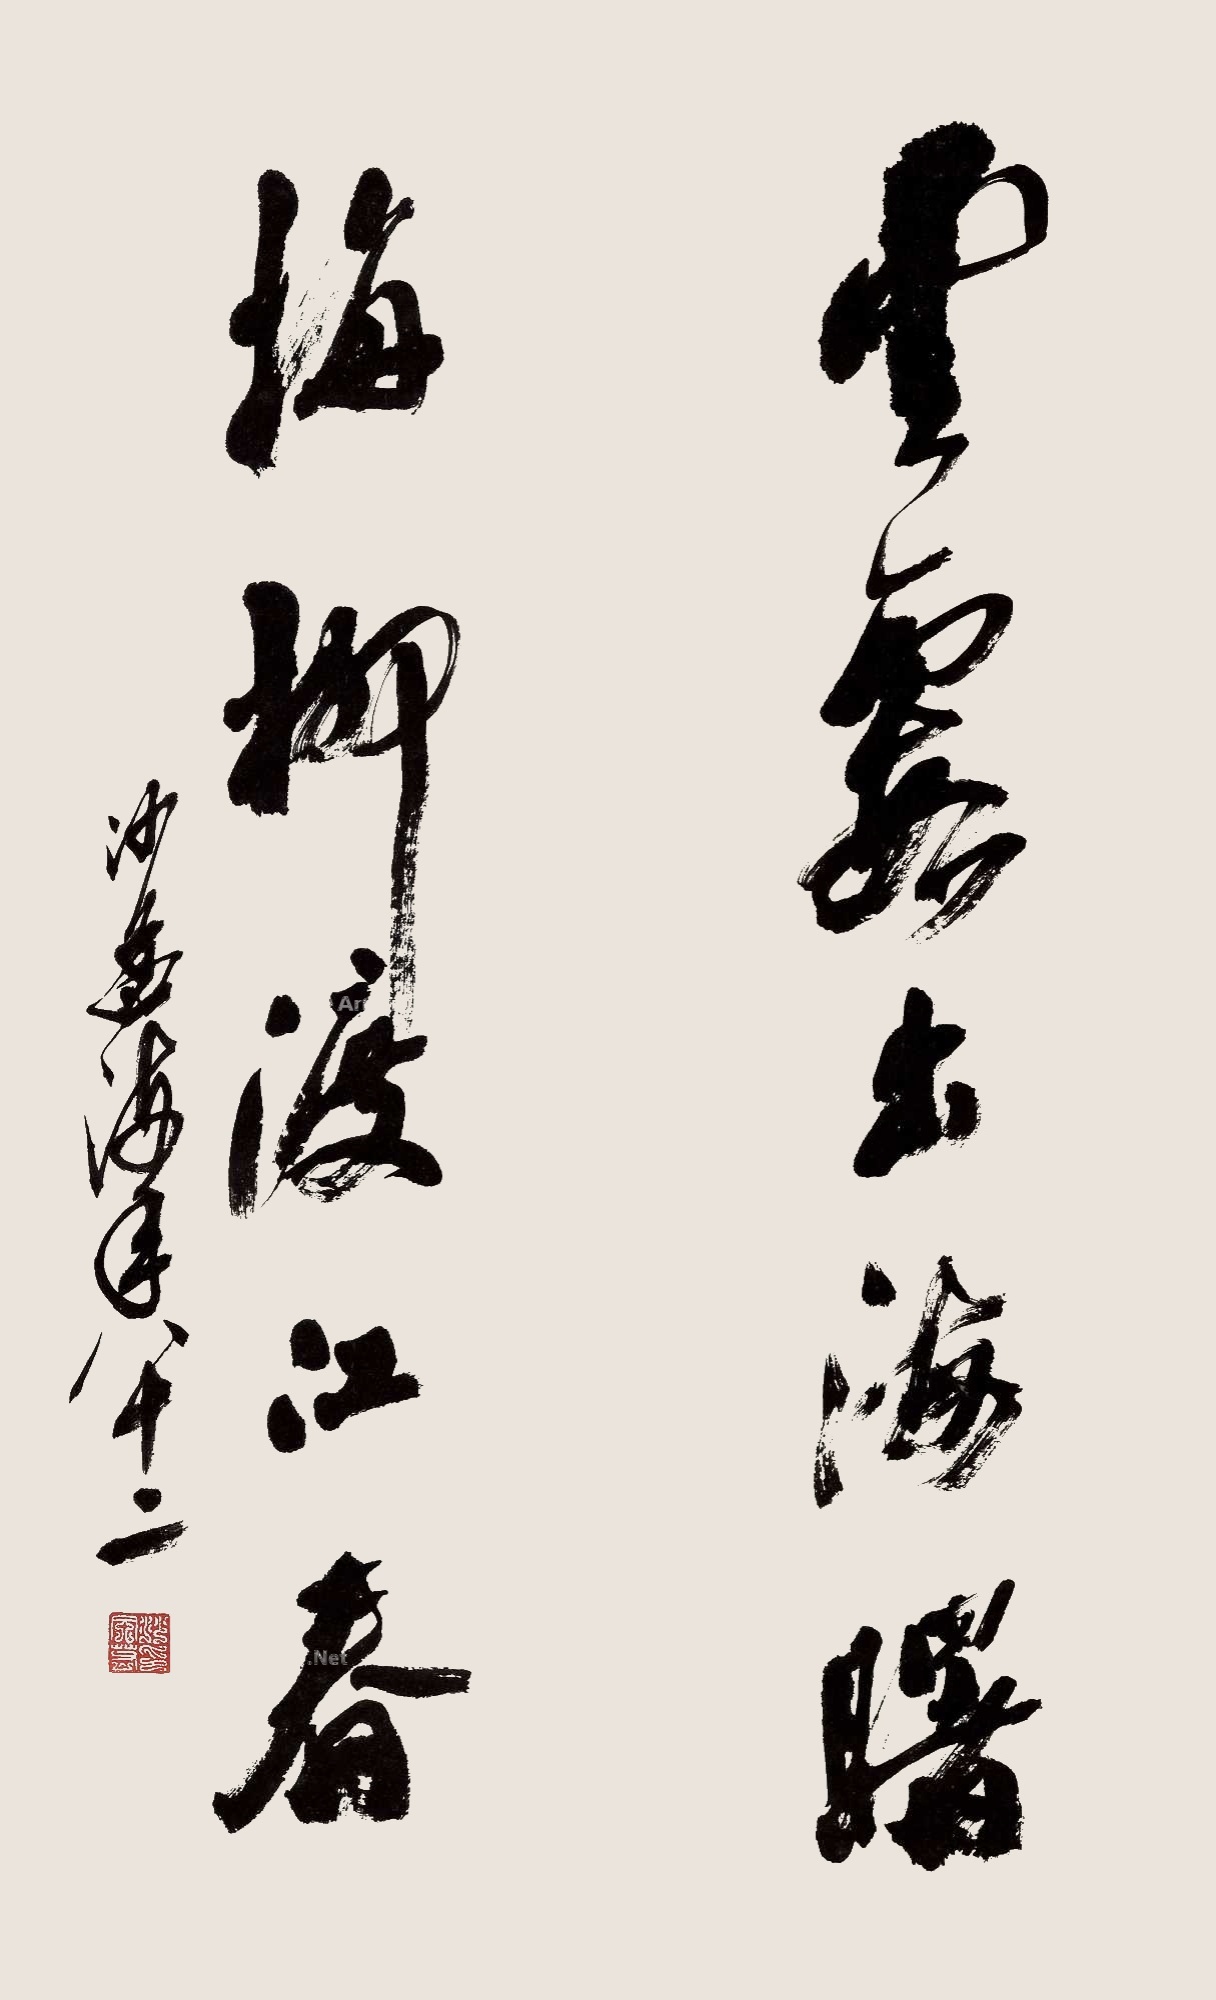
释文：云霞出海曙，梅柳渡江春。沙孟海年八十二。